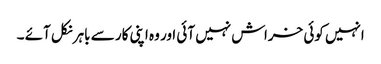
انہیں کوئی خراش نہیں آئی اور وہ اپنی کار سے باہر نکل آئے ۔